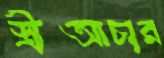
স্ত্রীআচার